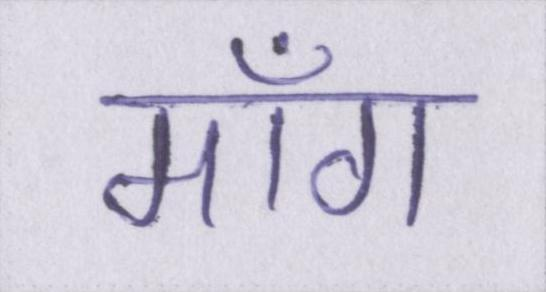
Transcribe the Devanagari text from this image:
माँग